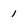
Character: 1